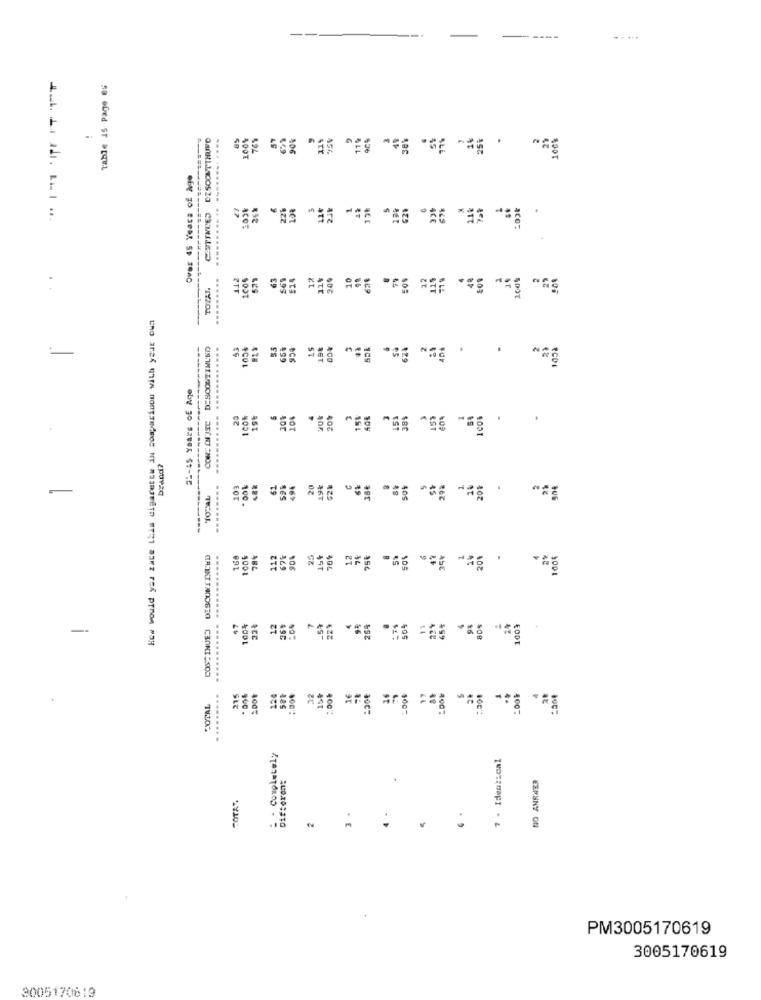
Table is Page ev
CITINEED DESCONTTHURO
76%
25%
Over 45 Years of Age
226
62%
ATT
are
aco:
ICO:
..
100%
63
569
514
12
114
10
79
12
11)
100
TOZAT.
PTT
How would you rate this cigarette in comparison with your own
53
65%
15
198
626
.
#C6
PCDI
25-45 Years of Age
29
15%
10%
153
ICON
40₺
brand?
........
103
61
59%
20
50%
-
TOTAL
100
96
429
--
COS-INUEJ DESCONTINUED
168
78%
112
675
90%
25
12
74
SOS
20%
2%
100€
4001
"66
.....
47
100%
12
-59
229
25%
11
94
-
....
ACE
.........
215
124
32
15+
16
17
.30€
TOTAL
400
4007
100
-.: Completely
7 - Identical
Difteren:
NO ANSWER
FOTAS
3
PM3005170619
3005170619
3005170619